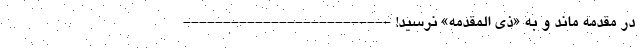
در مقدمه ماند و به «ذی المقدمه» نرسید! --------------------------